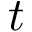
t